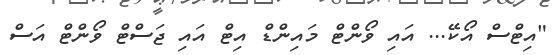
"އިޓްސް އޯކޭ... އައި ވޯންޓް މައިންޑް އިޓް އައި ޖަސްޓް ވޯންޓް އަސް